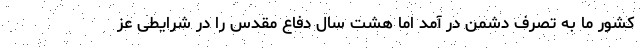
کشور ما به تصرف دشمن در آمد اما هشت سال دفاع مقدس را در شرایطی عز